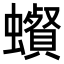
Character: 𧓩